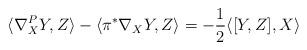
LaTeX: \begin{align*} \langle \nabla_X^PY,Z\rangle-\langle\pi^*\nabla_XY,Z\rangle=-\frac{1}{2}\langle [Y,Z],X\rangle\end{align*}